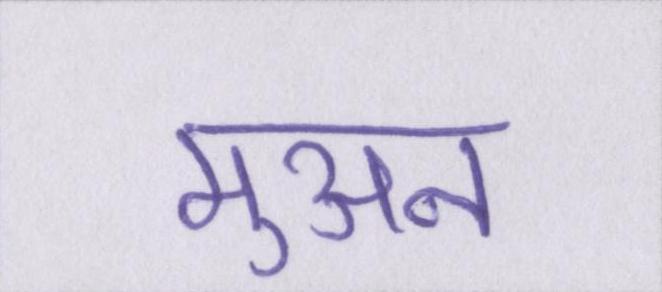
मुअन